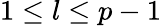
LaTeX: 1\le l\le p-1